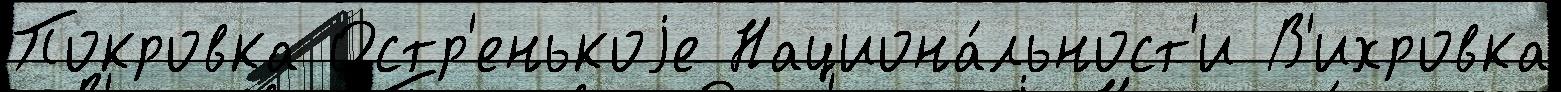
Покровка Остр'енькоjе Национа́льност'и В'ихровка